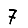
Digit: 7